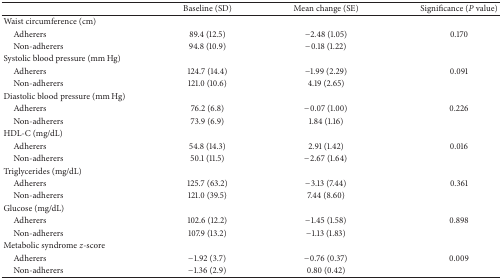
|  | Baseline (SD) | Mean change (SE) | Significance (P value) |
 | --- | --- | --- | --- |
 | Waist circumference (cm) |  |  |  |
 | Adherers | 89.4 (12.5) | −2.48 (1.05) | 0.170 |
 | Non-adherers | 94.8 (10.9) | −0.18 (1.22) |  |
 | Systolic blood pressure (mm Hg) |  |  |  |
 | Adherers | 124.7 (14.4) | −1.99 (2.29) | 0.091 |
 | Non-adherers | 121.0 (10.6) | 4.19 (2.65) |  |
 | Diastolic blood pressure (mm Hg) |  |  |  |
 | Adherers | 76.2 (6.8) | −0.07 (1.00) | 0.226 |
 | Non-adherers | 73.9 (6.9) | 1.84 (1.16) |  |
 | HDL-C (mg/dL) |  |  |  |
 | Adherers | 54.8 (14.3) | 2.91 (1.42) | 0.016 |
 | Non-adherers | 50.1 (11.5) | −2.67 (1.64) |  |
 | Triglycerides (mg/dL) |  |  |  |
 | Adherers | 125.7 (63.2) | −3.13 (7.44) | 0.361 |
 | Non-adherers | 121.0 (39.5) | 7.44 (8.60) |  |
 | Glucose (mg/dL) |  |  |  |
 | Adherers | 102.6 (12.2) | −1.45 (1.58) | 0.898 |
 | Non-adherers | 107.9 (13.2) | −1.13 (1.83) |  |
 | Metabolic syndrome z-score |  |  |  |
 | Adherers | −1.92 (3.7) | −0.76 (0.37) | 0.009 |
 | Non-adherers | −1.36 (2.9) | 0.80 (0.42) |  |